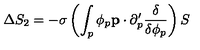
\Delta S _ { 2 } = - \sigma \left( \int _ { p } \phi _ { p } { \bf p } \cdot \partial _ { p } ^ { \prime } \frac { \delta } { \delta \phi _ { p } } \right) S